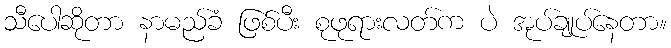
သီပေါဆိုတာ နာမည်ခံ ဖြစ်ပီး စုဖုရားလတ်က ပဲ အုပ်ချုပ်နေတာ။